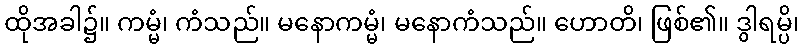
ထိုအခါ၌။ ကမ္မံ၊ ကံသည်။ မနောကမ္မံ၊ မနောကံသည်။ ဟောတိ၊ ဖြစ်၏။ ဒွါရမ္ပိ၊